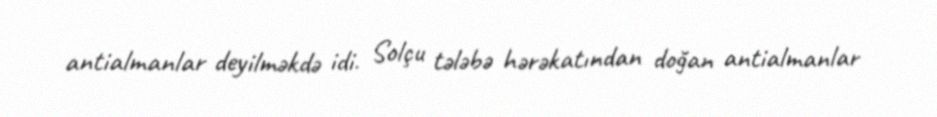
antialmanlar deyilməkdə idi. Solçu tələbə hərəkatından doğan antialmanlar